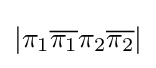
|\pi _{1}{\overline {\pi _{1}}}\pi _{2}{\overline {\pi _{2}}}|